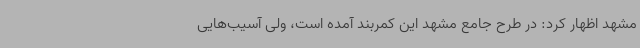
مشهد اظهار کرد: در طرح جامع مشهد این کمربند آمده است، ولی آسیب‌هایی